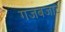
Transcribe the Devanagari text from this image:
गजबजाट